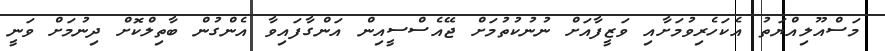
މަސްއޫލިއްޔަތު އެކަހެރިވުމަށާއި ވަޒީފާއަށް ނުނުކުތުމަށް ޖޭއެސްސީއިން އަންގާފައިވާ އެންގުން ބާތިލްކޮށް ދިނުމަށް ވަނީ